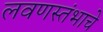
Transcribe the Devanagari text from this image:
लवणस्तंभाचे